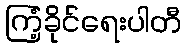
ကြံ့ခိုင်ရေးပါတီ